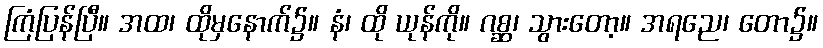
ကြံပြန်ပြီ။ အထ၊ ထိုမှနောက်၌။ နံ၊ ထို ယုန်ကို။ ဂစ္ဆ၊ သွားတော့။ အရညေ၊ တော၌။